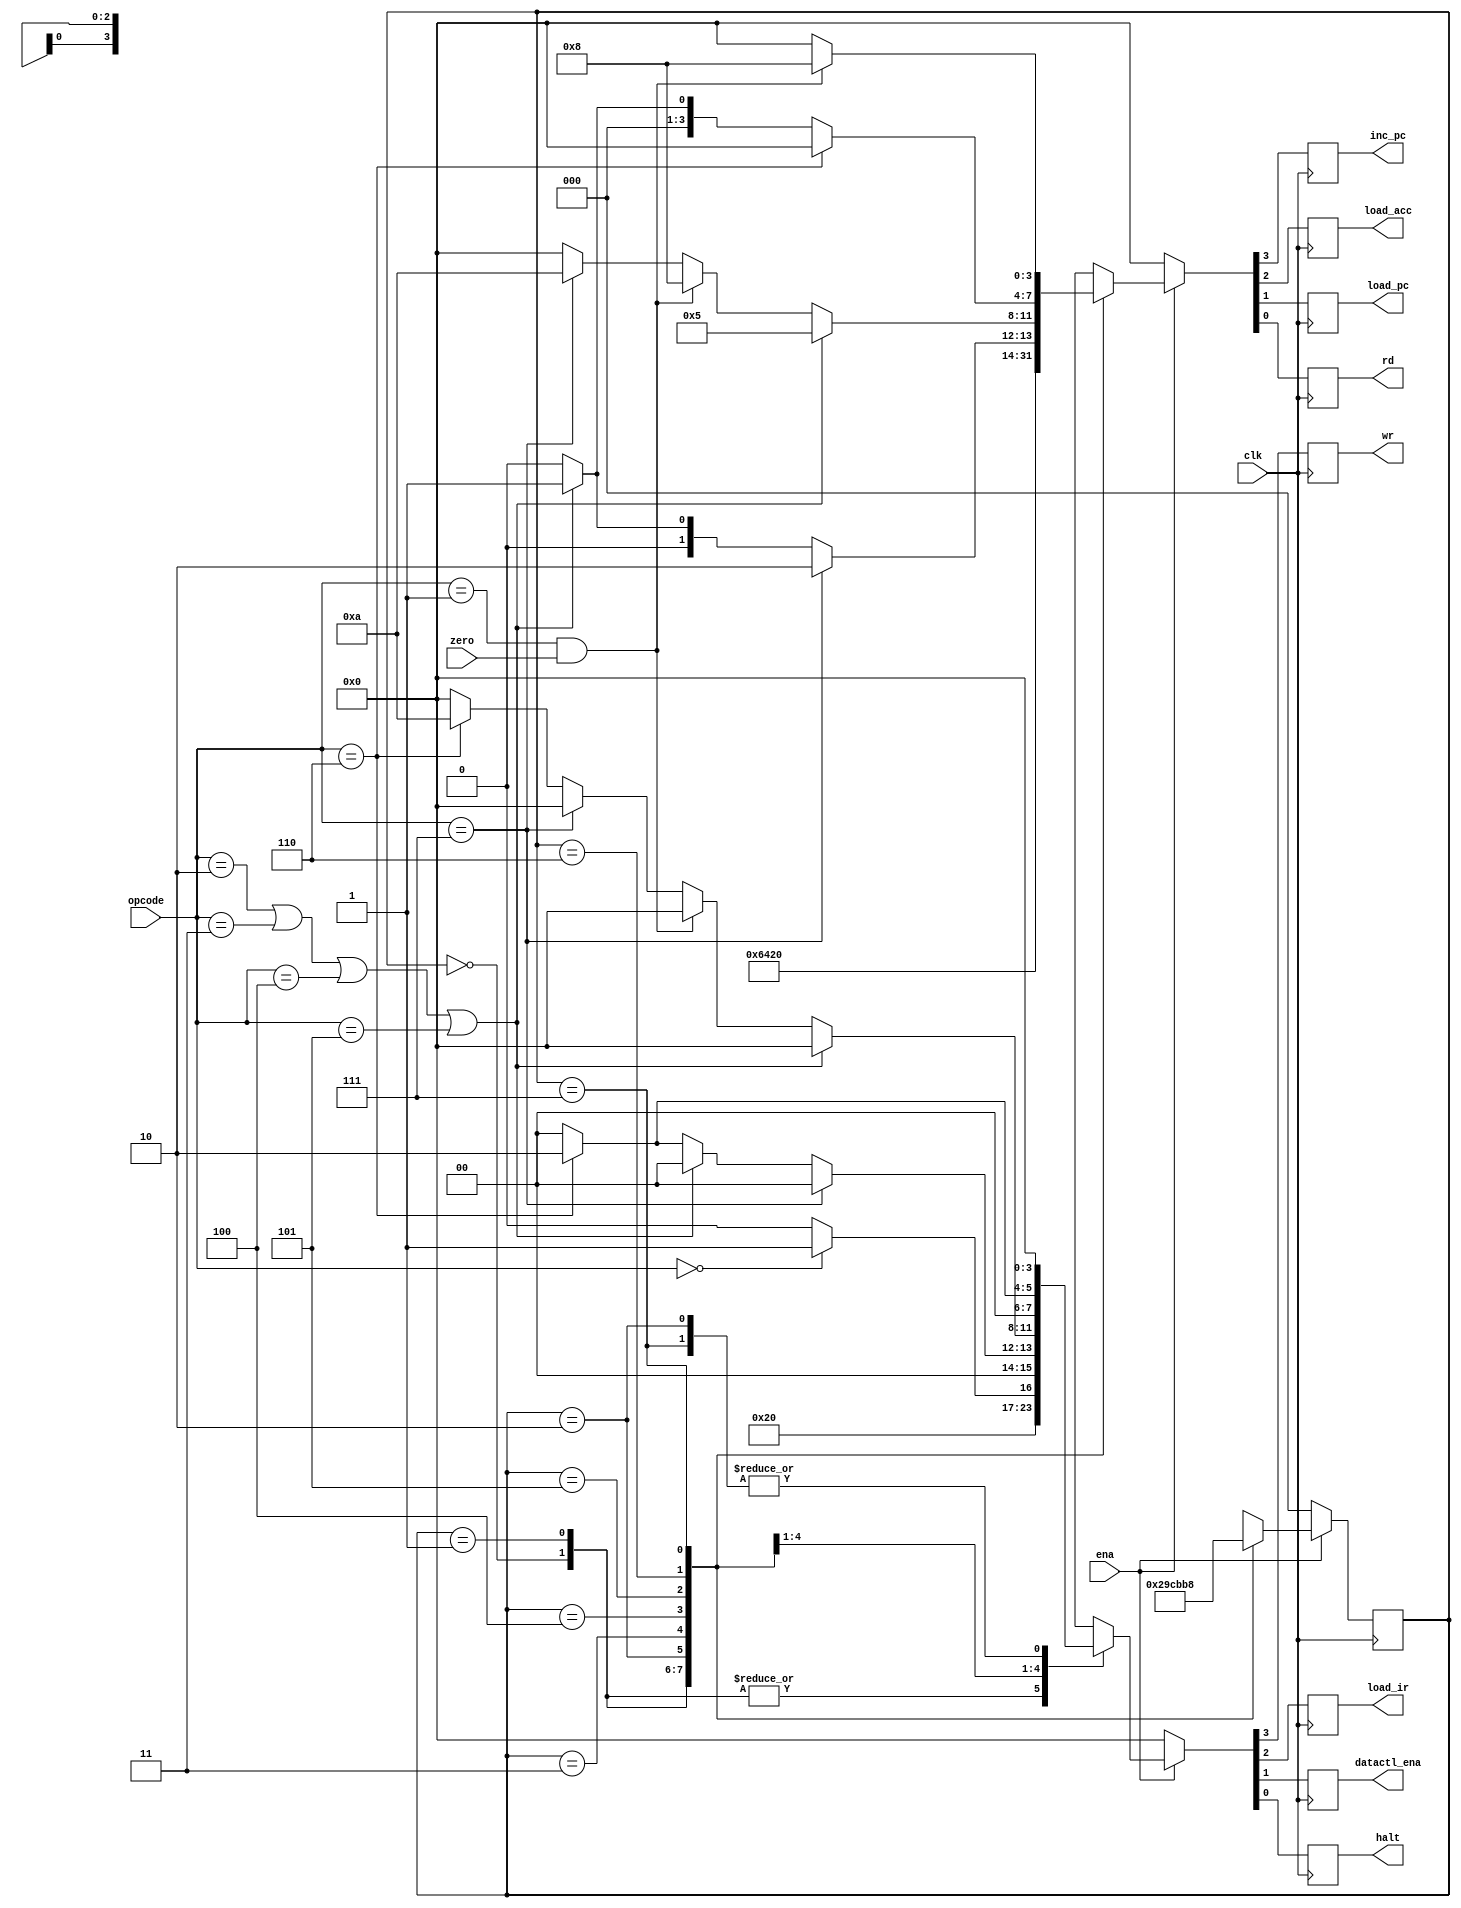
`timescale 1ns / 1ps

module machine(inc_pc,load_acc,load_pc,rd,wr,load_ir,datactl_ena,halt,clk,zero,ena,opcode);
	output inc_pc,load_acc,load_pc,rd,wr,load_ir;
	output datactl_ena,halt;
	input clk,zero,ena;
	input [2:0]opcode;
	reg inc_pc,load_acc,load_pc,rd,wr,load_ir;
	reg datactl_ena,halt;
	reg [2:0] state;
	
	parameter	HLT =3'b000,
					SKZ =3'b001,
					ADD =3'b010,
					ANDD=3'b011,
					XORR=3'b100,
					LDA =3'b101,
					STO =3'b110,
					JMP =3'b111;

	always @( negedge clk)
		begin
			if(!ena)
				begin
				state<=3'b000;
				{inc_pc,load_acc,load_pc,rd}<=4'b0000;
				{wr,load_ir,datactl_ena,halt}<=4'b0000;
				end
			else
				ctl_cycle;
		end
		//
		task ctl_cycle;
		begin
		casex(state)
		3'b000:
					begin
						{inc_pc,load_acc,load_pc,rd}<=4'b0001;
						{wr,load_ir,datactl_ena,halt}<=4'b0100;
						state<=3'b001;
					end
		3'b001:
					begin
						{inc_pc,load_acc,load_pc,rd}<=4'b1001;
						{wr,load_ir,datactl_ena,halt}<=4'b0100;
						state<=3'b010;
					end
		3'b010:
					begin
						{inc_pc,load_acc,load_pc,rd}<=4'b0000;
						{wr,load_ir,datactl_ena,halt}<=4'b0000;
						state<=3'b011;
					end
		3'b011:
					begin
						if(opcode==HLT)
							begin
								{inc_pc,load_acc,load_pc,rd}<=4'b1000;
								{wr,load_ir,datactl_ena,halt}<=4'b0001;
							end
						else
							begin
								{inc_pc,load_acc,load_pc,rd}<=4'b1000;
								{wr,load_ir,datactl_ena,halt}<=4'b0000;	
							end
						state<=3'b100;
					end
		3'b100:
					begin
						if(opcode==JMP)
							begin
								{inc_pc,load_acc,load_pc,rd}<=4'b0010;
								{wr,load_ir,datactl_ena,halt}<=4'b0000;
							end
							else
								if( opcode==ADD||opcode==ANDD||opcode==XORR||opcode==LDA)
									begin
										{inc_pc,load_acc,load_pc,rd}<=4'b0001;
										{wr,load_ir,datactl_ena,halt}<=4'b0000;	
									end
							else
								if( opcode==STO)
									begin
										{inc_pc,load_acc,load_pc,rd}<=4'b0000;
										{wr,load_ir,datactl_ena,halt}<=4'b0010;	
									end
								else
									begin
										{inc_pc,load_acc,load_pc,rd}<=4'b0000;
										{wr,load_ir,datactl_ena,halt}<=4'b0000;	
									end
						state<=3'b101;
					end
		3'b101:
					begin
						if(opcode==ADD||opcode==ANDD||opcode==XORR||opcode==LDA)
							begin
								{inc_pc,load_acc,load_pc,rd}<=4'b0101;
								{wr,load_ir,datactl_ena,halt}<=4'b0000;
							end
						else
							if( opcode==SKZ&&zero==1)
								begin
									{inc_pc,load_acc,load_pc,rd}<=4'b1000;
									{wr,load_ir,datactl_ena,halt}<=4'b0000;	
								end
							else
								if( opcode==JMP)
									begin
										{inc_pc,load_acc,load_pc,rd}<=4'b1010;
										{wr,load_ir,datactl_ena,halt}<=4'b0000;	
									end
								else
									if(opcode==STO)
										begin
											{inc_pc,load_acc,load_pc,rd}<=4'b0000;
											{wr,load_ir,datactl_ena,halt}<=4'b1010;	
										end
									else
										begin
											{inc_pc,load_acc,load_pc,rd}<=4'b0000;
											{wr,load_ir,datactl_ena,halt}<=4'b0000;	
										end
						state<=3'b110;
					end	
		3'b110:
					begin
						if(opcode==STO)
							begin
								{inc_pc,load_acc,load_pc,rd}<=4'b0000;
								{wr,load_ir,datactl_ena,halt}<=4'b0010;
							end
							else
								if( opcode==ADD||opcode==ANDD||opcode==XORR||opcode==LDA)
									begin
										{inc_pc,load_acc,load_pc,rd}<=4'b0001;
										{wr,load_ir,datactl_ena,halt}<=4'b0000;	
									end
								else
									begin
										{inc_pc,load_acc,load_pc,rd}<=4'b0000;
										{wr,load_ir,datactl_ena,halt}<=4'b0000;	
									end
						state<=3'b111;
					end
		3'b111:
					begin
						if(opcode==SKZ&&zero==1)
							begin
								{inc_pc,load_acc,load_pc,rd}<=4'b1000;
								{wr,load_ir,datactl_ena,halt}<=4'b0000;
							end
						else
							begin
								{inc_pc,load_acc,load_pc,rd}<=4'b0000;
								{wr,load_ir,datactl_ena,halt}<=4'b0000;	
							end
						state<=3'b000;
					end	
		default:
					begin
						{inc_pc,load_acc,load_pc,rd} <=4'b0000;
						{wr,load_ir,datactl_ena,halt}<=4'b0000;
						state<=3'b000;
					end
		endcase
		end
		endtask
endmodule